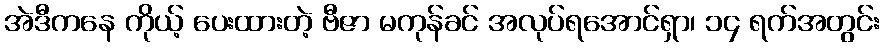
အဲဒီကနေ ကိုယ့် ပေးထားတဲ့ ဗီဇာ မကုန်ခင် အလုပ်ရအောင်ရှာ၊ ၁၄ ရက်အတွင်း